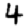
Digit: 4